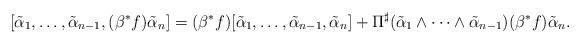
LaTeX: \begin{align*} [\tilde {\alpha}_1, \ldots, \tilde{\alpha}_{n-1}, (\beta^*f) \tilde{\alpha}_n ] = (\beta^*f) [\tilde{\alpha}_1, \ldots, \tilde{\alpha}_{n-1}, \tilde{\alpha}_n ] + \Pi^{\sharp}(\tilde{\alpha}_1 \wedge \cdots \wedge \tilde{\alpha}_{n-1})(\beta^*f)\tilde{\alpha}_n.\end{align*}